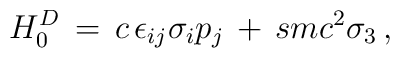
H^D_0\,=\,c\,\epsilon_{ij}\sigma_{i} p_{j}\,+\,smc^2 \sigma_{3}\,,